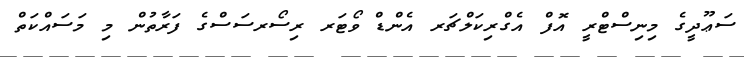
ސަޢޫދީގެ މިނިސްޓްރީ އޮފް އެގްރިކަލްޗަރ އެންޑް ވޯޓަރ ރިސޯރސަސްގެ ފަރާތުން މި މަސައްކަތް